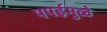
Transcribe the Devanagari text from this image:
पपईमुळे